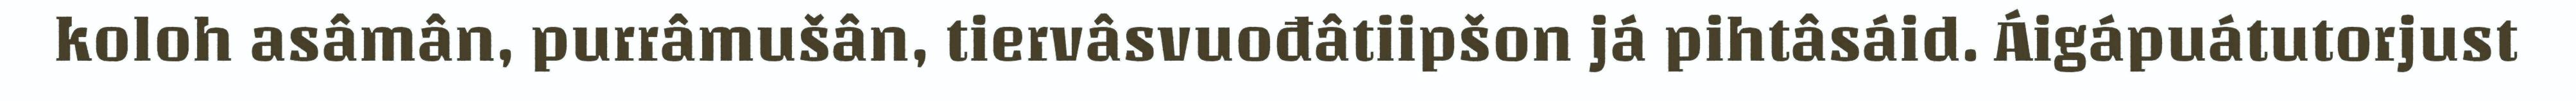
koloh asâmân, purrâmušân, tiervâsvuođâtiipšon já pihtâsáid. Áigápuátutorjust